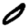
Digit: 0